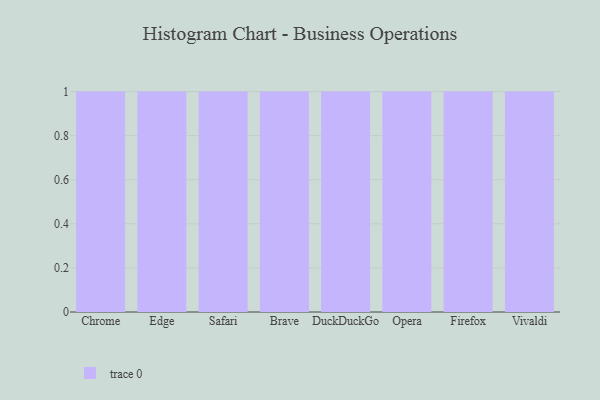
{"axis": {"x": "Browser", "y": "Active Users"}, "legend": [""], "data": [{"x": "Chrome", "y": 18, "type": ""}, {"x": "Edge", "y": 28, "type": ""}, {"x": "Safari", "y": 53, "type": ""}, {"x": "Brave", "y": 5, "type": ""}, {"x": "DuckDuckGo", "y": 85, "type": ""}, {"x": "Opera", "y": 12, "type": ""}, {"x": "Firefox", "y": 49, "type": ""}, {"x": "Vivaldi", "y": 67, "type": ""}]}